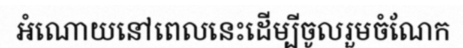
អំណោយនៅពេលនេះដើម្បីចូលរួមចំណែក